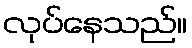
လုပ်နေသည်။